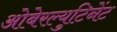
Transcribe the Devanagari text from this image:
ओबेरल्युटिनेंट